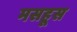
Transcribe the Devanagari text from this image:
मसहूस